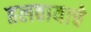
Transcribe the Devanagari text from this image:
हलवायाचे